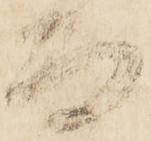
而